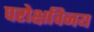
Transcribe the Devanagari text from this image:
परोक्षविनय